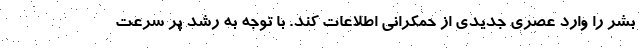
بشر را وارد عصری جدیدی از حمکرانی اطلاعات کند. با توجه به رشد پر سرعت